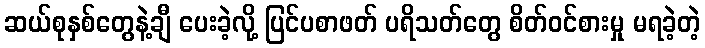
ဆယ်စုနှစ်တွေနဲ့ချီ ပေးခဲ့လို့ ပြင်ပစာဖတ် ပရိသတ်တွေ စိတ်ဝင်စားမှု မရခဲ့တဲ့